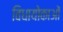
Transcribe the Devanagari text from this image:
विधायोकाओं